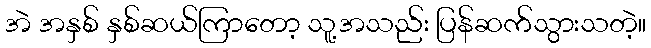
အဲ အနှစ် နှစ်ဆယ်ကြာတော့ သူ့အသည်း ပြန်ဆက်သွားသတဲ့။